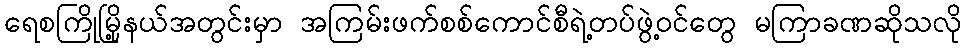
ရေစကြိုမြို့နယ်အတွင်းမှာ အကြမ်းဖက်စစ်ကောင်စီရဲ့တပ်ဖွဲ့ဝင်တွေ မကြာခဏဆိုသလို